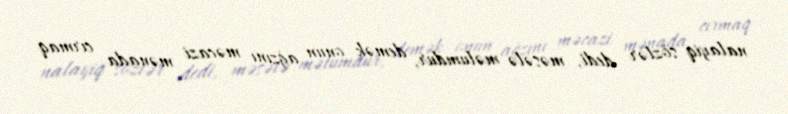
nalayiq sözlər dedi, məsələ məlumdur, demək onun ağzını məcazi mənada cırmaq